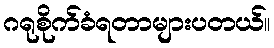
ဂရုစိုက်ခံရတာများပတယ်။